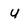
Character: u